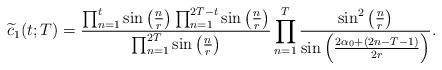
LaTeX: \begin{align*}\widetilde{c}_1(t; T)= \frac{\prod_{n=1}^t \sin \left( \frac{n}{r} \right) \prod_{n=1}^{2T-t} \sin \left( \frac{n}{r} \right) }{\prod_{n=1}^{2T} \sin \left( \frac{n}{r} \right)}\prod_{n=1}^T\frac{\sin^2 \left( \frac{n}{r} \right) }{\sin\left( \frac{2 \alpha_0+(2n-T-1)}{2r} \right)}.\end{align*}